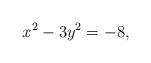
LaTeX: \begin{align*} x^2-3y^2=-8, \end{align*}